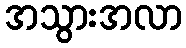
အသွားအလာ